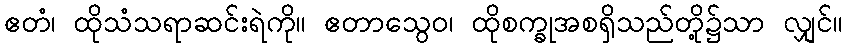
ဧတံ၊ ထိုသံသရာဆင်းရဲကို။ ဧတာသွေဝ၊ ထိုစက္ခုအစရှိသည်တို့၌သာ လျှင်။